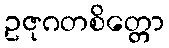
ဥဇုဂတစိတ္တော